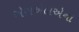
એસએલએના